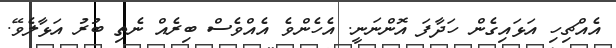
އެއްޗިހި އަޅައިގެން ހަދާފަ އޮންނަނީ. އެހެންވެ އެއްވެސް ބިރެއް ނެތި ބުރު އަޅާލެވޭ.